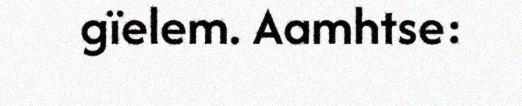
gïelem. Aamhtse: